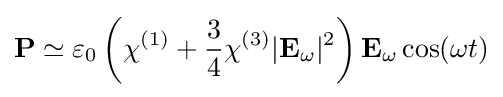
\mathbf {P} \simeq \varepsilon _{0}\left(\chi ^{(1)}+{\frac {3}{4}}\chi ^{(3)}|\mathbf {E} _{\omega }|^{2}\right)\mathbf {E} _{\omega }\cos(\omega t)